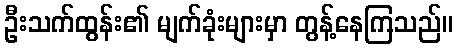
ဦးသက်ထွန်း၏ မျက်ခုံးများမှာ တွန့်နေကြသည်။